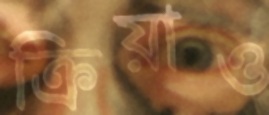
ক্রিয়াও